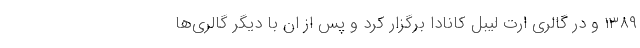
۱۳۸۹ و در گالری ارت لیبل کانادا برگزار کرد و پس از ان با دیگر گالری‌ها